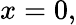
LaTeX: x=0,